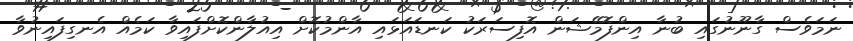
ނަމަވެސް ގާނޫނުގައި ބުނާ އިންފޮމޭޝަން އޮފިސަރަކު ކަނޑައަޅައި އާންމުކޮށް އިއުލާންކޮށްފައިވާ ކަމެއް އެނގިފައިނުވާ